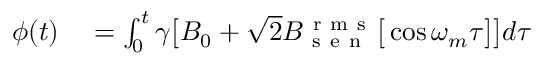
\begin{array} { r l } { \phi ( t ) } & { { } = \int _ { 0 } ^ { t } \gamma \big [ B _ { 0 } + \sqrt { 2 } B _ { \mathrm { ~ s ~ e ~ n ~ } } ^ { \mathrm { ~ r ~ m ~ s ~ } } \big [ \cos \omega _ { m } \tau \big ] \big ] d \tau } \end{array}